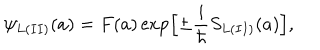
\psi _ { L ( I I ) } ( a ) = F ( a ) \exp \Bigl [ \pm \frac { i } { \hbar } S _ { L ( I I ) } ( a ) \Bigr ] ,